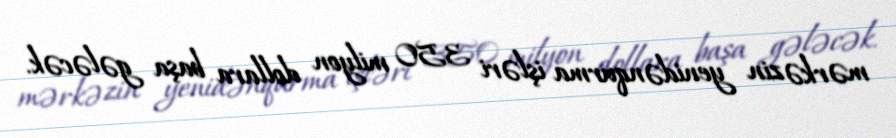
mərkəzin yenidənqurma işləri 350 milyon dollara başa gələcək.